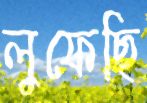
লুফেছি